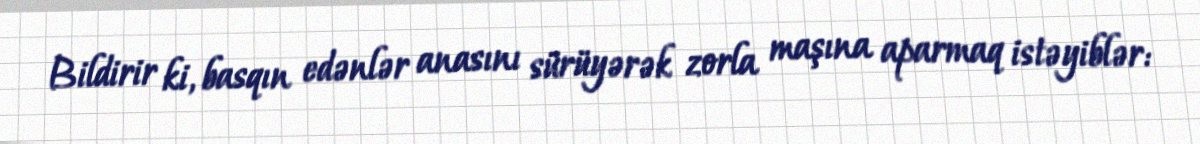
Bildirir ki, basqın edənlər anasını sürüyərək zorla maşına aparmaq istəyiblər: